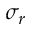
\sigma _ { r }